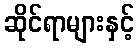
ဆိုင်ရာများနှင့်